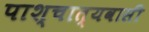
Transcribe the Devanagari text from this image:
पाश्चात्यवासी